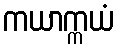
ကယာက္ကယံ